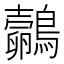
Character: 𪇄